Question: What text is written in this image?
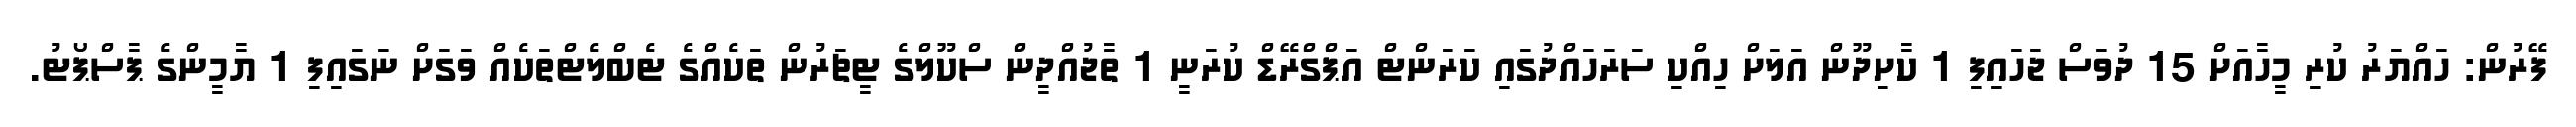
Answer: ފޭރުން: ހައްޔަރު ކުރި މީހާއަށް 15 ދުވަސް ޖަހައިފި 1 ކާށިދޫން އަލަށް ހިއްކި ސަރަހައްދުގައި ކަރަންޓް އަޕްގްރޭޑް ކުރަނީ 1 ތާޖުއްދީން ސްކޫލްގެ ޓީޗަރުން ތަކެއްގެ ޓެބްލެޓްތަކެއް ވަގަށް ނަގައިފި 1 ޔާމީންގެ ޕާސްޕޯޓު.